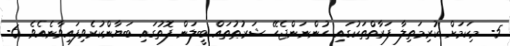
5- މިކަމަށް ކުރިމަތިލާ ފަރާތްތަކުގައި ހުންނަންޖެހޭ ޝަރުޠުތައް ބީލަން ފޮތުގައި ބަޔާންކުރެވިފައިވާނެއެވެ. 6-